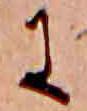
に